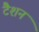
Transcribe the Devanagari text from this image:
टैशन